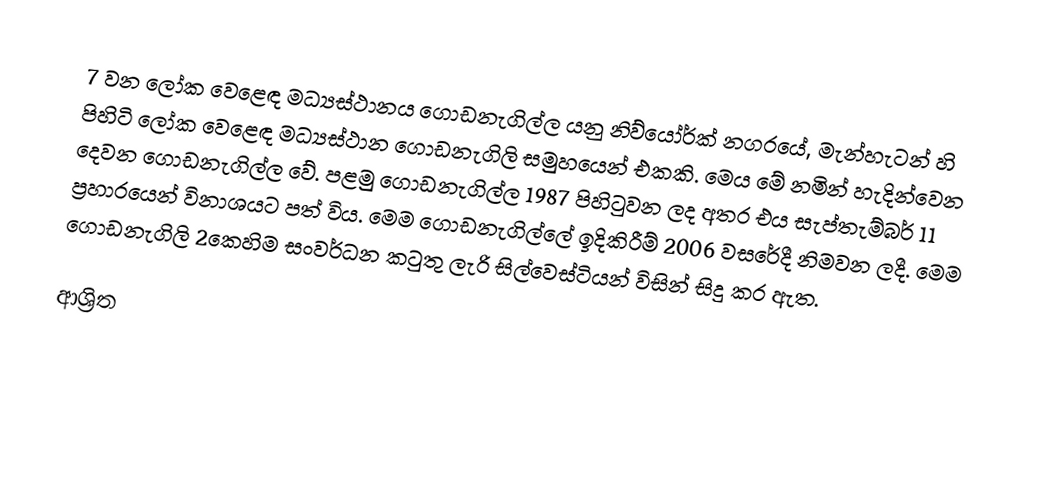
7 වන ලෝක වෙළෙඳ මධ්‍යස්ථානය ගොඩනැගිල්ල යනු නිව්යෝර්ක් නගරයේ, මැන්හැටන් හි පිහිටි ලෝක වෙළෙඳ මධ්‍යස්ථාන ගොඩනැගිලි සමුහයෙන් එකකි. මෙය මේ නමින් හැදින්වෙන දෙවන ගොඩනැගිල්ල වේ. පළමු ගොඩනැගිල්ල 1987 පිහිටුවන ලද අතර එය සැප්තැම්බර් 11 ප්‍රහාරයෙන් විනාශයට පත් විය. මෙම ගොඩනැගිල්ලේ ඉදිකිරීම් 2006 වසරේදී නිමවන ලදී. මෙම ගොඩනැගිලි 2කෙහිම සංවර්ධන කටුතු ලැරි සිල්වෙස්ටියන් විසින් සිදු කර ඇත.

ආශ්‍රිත